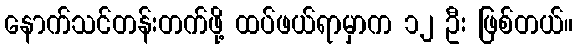
နောက်သင်တန်းတက်ဖို့ ထပ်ဖယ်ရာမှာက ၁၂ ဦး ဖြစ်တယ်။